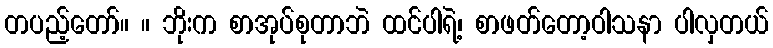
တပည့်တော်။ ။ ဘိုးက စာအုပ်စုတာဘဲ ထင်ပါရဲ့၊ စာဖတ်တော့ဝါသနာ ပါလှတယ်